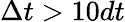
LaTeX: \Delta t>10dt